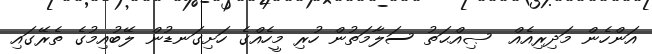
އަންހެން މަދިރިއެއް  ޞިއްޙަތު ސަލާމަތުން ހުރި މީހެއްގެ ހަށިގަނޑުން ލޭބުއިމުގެ ތެރޭގައި